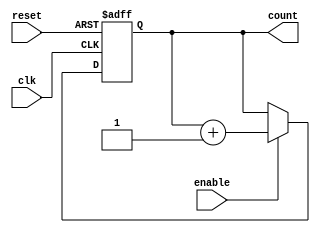
module async_reset_sync_counter (
    input wire clk,          // Clock signal
    input wire reset,        // Asynchronous reset signal
    input wire enable,       // Enable signal for counting
    output reg [n-1:0] count // n-bit counter output
);
    parameter n = 4; // Define the number of bits for the counter

    // Asynchronous reset and synchronous counting
    always @(posedge clk or posedge reset) begin
        if (reset) begin
            count <= 0; // Reset the counter to 0
        end else if (enable) begin
            count <= count + 1; // Increment the counter
        end
    end
endmodule